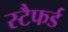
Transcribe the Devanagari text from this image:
स्टैफर्ड